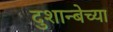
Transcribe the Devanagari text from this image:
दुशान्बेच्या